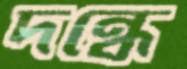
দন্ধে